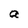
Character: a